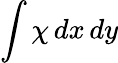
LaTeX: \int\chi\mathop{dx}\mathop{dy}